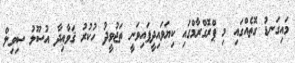
މައިގަނޑު ގޮތެއްގައި މި ޕްރޮގްރާމްގައި ކިޔަވައިދީފައިވަނީ ތަޖުވީދު ހުކުރު ޤަވާޢިދާ އުސޫލު ސިވިލް